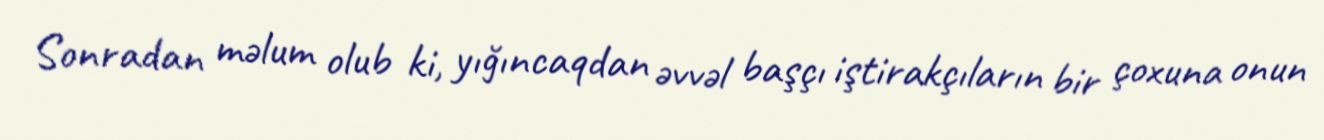
Sonradan məlum olub ki, yığıncaqdan əvvəl başçı iştirakçıların bir çoxuna onun